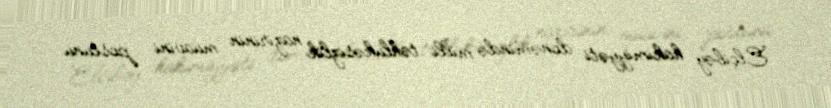
Elçibəy hakimiyyəti dönəmində milli təhlükəsizlik nazirinin müavini postunu